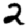
Digit: 2